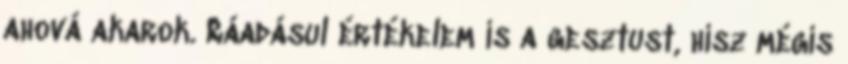
ahová akarok. Ráadásul értékelem is a gesztust, hisz mégis